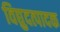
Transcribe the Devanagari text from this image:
विद्युदत्पादक